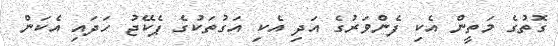
ގޮތުގެ މަތީން އެކި ފެންވަރުގެ އަދި އެކި އަގުތަކުގެ ޕެކޭޖު ހަދައި އެކަން